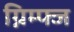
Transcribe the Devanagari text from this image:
ग्निम्फ्ज